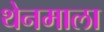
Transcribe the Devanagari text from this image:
थेनमाला